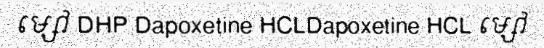
ម្សៅ DHP Dapoxetine HCLDapoxetine HCL ម្សៅ